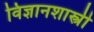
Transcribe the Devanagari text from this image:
विज्ञानशास्त्री